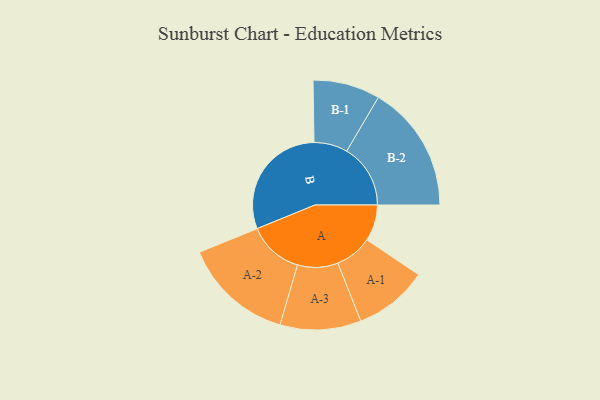
{"axis": {"x": "Segment", "y": "Value"}, "legend": ["", "A", "B"], "data": [{"x": "A", "y": 148, "type": ""}, {"x": "B", "y": 486, "type": ""}, {"x": "A-1", "y": 151, "type": "A"}, {"x": "A-2", "y": 225, "type": "A"}, {"x": "A-3", "y": 165, "type": "A"}, {"x": "B-1", "y": 137, "type": "B"}, {"x": "B-2", "y": 260, "type": "B"}]}